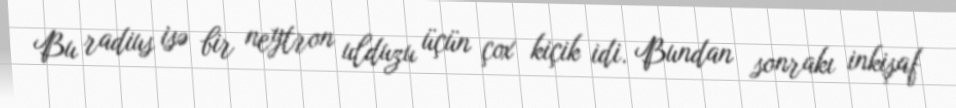
Bu radius isə bir neytron ulduzu üçün çox kiçik idi. Bundan sonrakı inkişaf